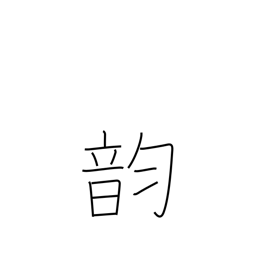
Meaning: vowel